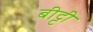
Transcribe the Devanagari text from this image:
बीट्टी